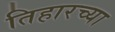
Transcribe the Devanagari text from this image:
तिहारच्या